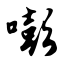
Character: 嘭